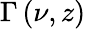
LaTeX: \Gamma\left(\nu,z\right)